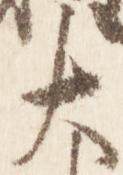
大